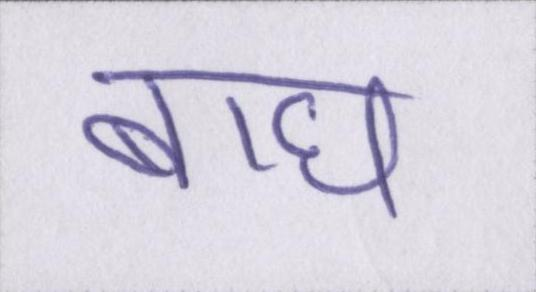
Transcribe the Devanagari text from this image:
बाघ